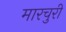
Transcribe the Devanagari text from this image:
मारचुरी